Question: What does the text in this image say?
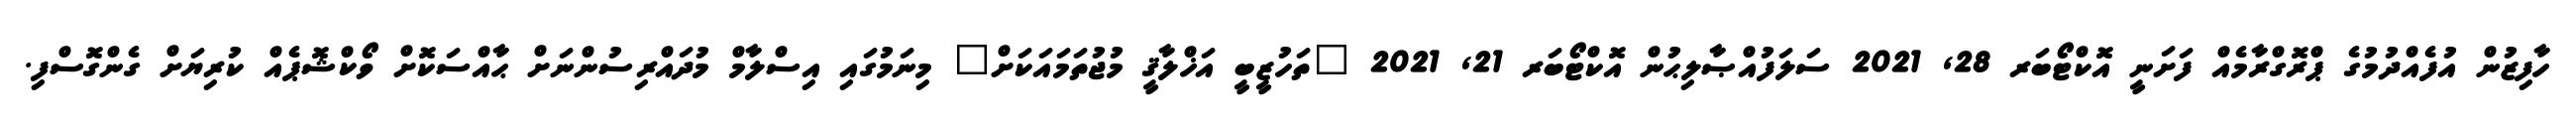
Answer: ހާފިޒުން އުފެއްދުމުގެ ޕްރޮގްރާމެއް ފަށަނީ އޮކްޓޯބަރ 28, 2021 ސަލަފުއްޞާލިޙުން އޮކްޓޯބަރ 21, 2021 "ތަހުޒީބީ އަޚްލާޤީ މުޖުތަމައަކަށް" މިނަމުގައި އިސްލާމް މުދައްރިސުންނަށް ޙާއްސަކޮށް ވޯކްޝޮޕެއް ކުރިޔަށް ގެންގޮސްފި.